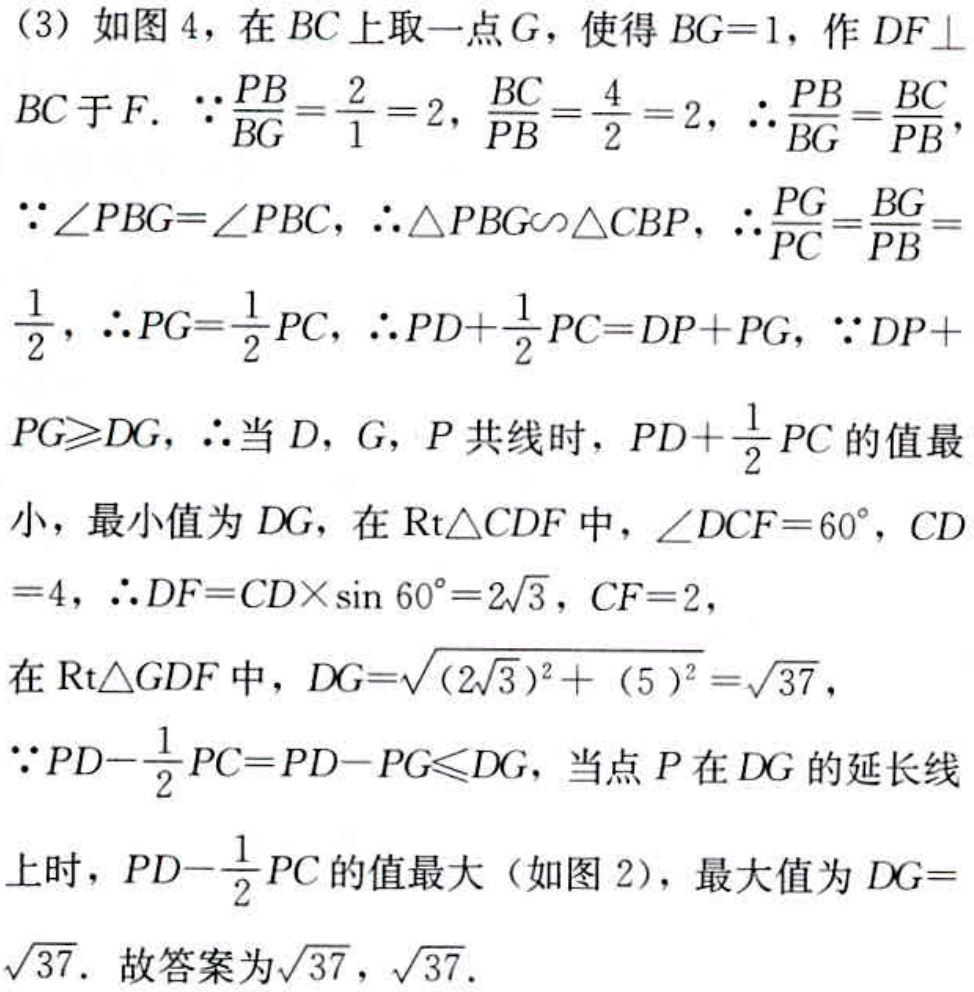
(3) 如图 4，在 \(BC\) 上取一点 \(G\)，使得 \(BG = 1\)，作 \(DF\perp BC\) 于 \(F\).
\(\because\frac{PB}{BG}=\frac{2}{1}=2\)，\(\frac{BC}{PB}=\frac{4}{2}=2\)，\(\therefore\frac{PB}{BG}=\frac{BC}{PB}\)，
\(\because\angle PBG=\angle PBC\)，\(\therefore\triangle PBG\sim\triangle CBP\)，\(\therefore\frac{PG}{PC}=\frac{BG}{PB}=\frac{1}{2}\)，\(\therefore PG=\frac{1}{2}PC\)，\(\therefore PD+\frac{1}{2}PC = DP + PG\)，\(\because DP + PG\geqslant DG\)，\(\therefore\)当 \(D\)，\(G\)，\(P\) 共线时，\(PD+\frac{1}{2}PC\) 的值最小，最小值为 \(DG\)，在 \(\text{Rt}\triangle CDF\) 中，\(\angle DCF = 60^{\circ}\)，\(CD = 4\)，\(\therefore DF=CD\times\sin 60^{\circ}=2\sqrt{3}\)，\(CF = 2\)，
在 \(\text{Rt}\triangle GDF\) 中，\(DG=\sqrt{(2\sqrt{3})^{2}+(5)^{2}}=\sqrt{37}\)，
\(\because PD-\frac{1}{2}PC=PD - PG\leqslant DG\)，当点 \(P\) 在 \(DG\) 的延长线上时，\(PD-\frac{1}{2}PC\) 的值最大（如图 2），最大值为 \(DG=\sqrt{37}\). 故答案为\(\sqrt{37}\)，\(\sqrt{37}\).